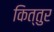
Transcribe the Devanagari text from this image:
कित्तुर